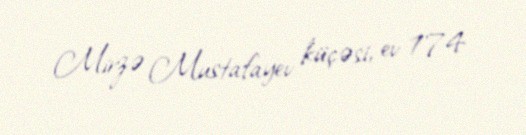
Mirzə Mustafayev küçəsi, ev 174